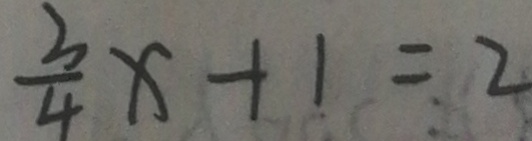
\frac { 3 } { 4 } x + 1 = 2